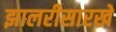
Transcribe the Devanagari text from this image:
झालरीसारखे